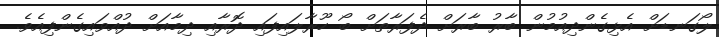
ލޯގަނޑަށް އެޅިގެންދިއުމުން ބާރު ބާރަށް ދެފަރާތަށް ބޯ ހޫރާލައިފައި ދޮރާއި ދިމާއަށް ދުއްވައިގެންފިއެވެ.